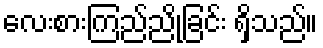
လေးစားကြည်ညိုခြင်း ရှိသည်။